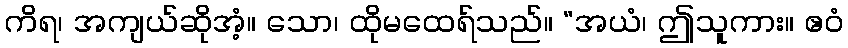
ကိရ၊ အကျယ်ဆိုအံ့။ သော၊ ထိုမထေရ်သည်။ “အယံ၊ ဤသူကား။ ဧဝံ